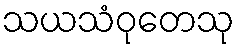
သယသံဝုတေသု